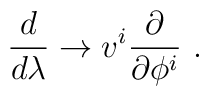
\frac{d}{d \lambda} \rightarrow v^i \frac{\partial}{\partial \phi^i } ~.